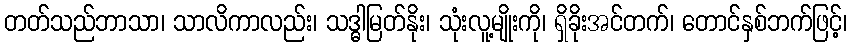
တတ်သည်ဘာသာ၊ သာလိကာလည်း၊ သဒ္ဓါမြတ်နိုး၊ သုံးလူ့မျိုးကို၊ ရှိခိုးအင်တက်၊ တောင်နှစ်ဘက်ဖြင့်၊